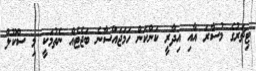
ޓިޗަރުގެ މުސާރަ އާއި އިދާރީ ކަންކަން ހަމަޖައްސާނެ ބަޖެޓެއް ނެތުމަކީ މި ސްކޫލް